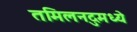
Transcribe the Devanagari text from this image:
तमिलनदुमध्ये